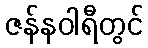
ဇန်နဝါရီတွင်